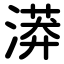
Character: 漭